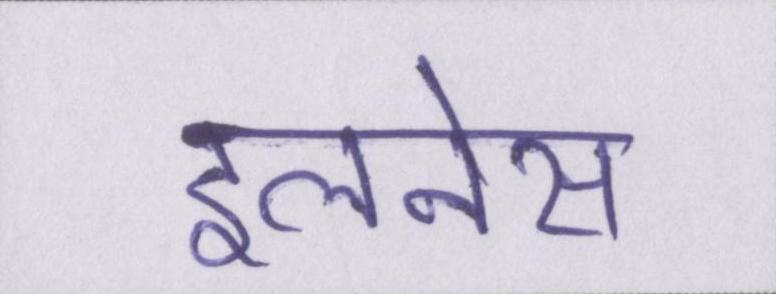
इलनेस